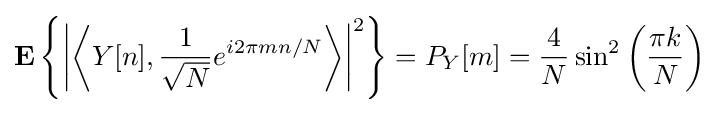
\mathbf {E} \left\{\left|\left\langle Y[n],{\frac {1}{\sqrt {N}}}e^{i2\pi mn/N}\right\rangle \right|^{2}\right\}=P_{Y}[m]={\frac {4}{N}}\sin ^{2}\left({\frac {\pi k}{N}}\right)